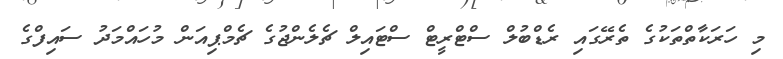
މި ހަރަކާތްތަކުގެ ތެރޭގައި ރެޑްބުލް ސްޓްރީޓް ސްޓައިލް ޗެލެންޖުގެ ޗެމްޕިއަން މުހައްމަދު ސައިފްގެ